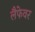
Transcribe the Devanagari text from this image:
लैफेवर